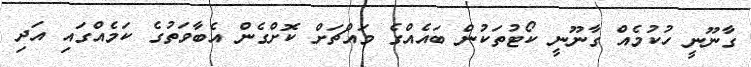
ގާނޫނީ ހުކުމެއް ގާނޫނީ ކޯޓުތަކުން ބައެއްގެ މައްޗަށް ކޮށްގެން އެބާވަތުގެ ކަމެއްގައި އަދި